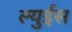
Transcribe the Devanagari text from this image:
ल्युईस